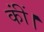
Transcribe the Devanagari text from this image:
कींं।